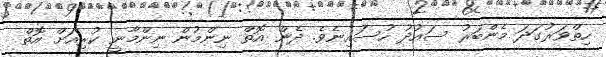
ހިތްވަރުގަދަ މެންބަރު ސައުދު ހުސައިނެވެ. ދެން އޮތް ނިންމުން ނިންމާނީ ކުރިއަށް އޮތް